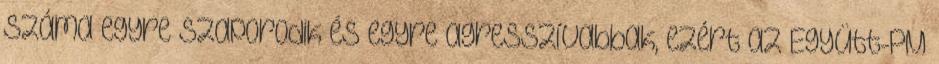
száma egyre szaporodik és egyre agresszívabbak, ezért az Együtt-PM